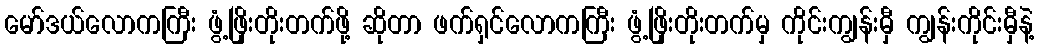
မော်ဒယ်လောကကြီး ဖွံ့ဖြိုးတိုးတက်ဖို့ ဆိုတာ ဖက်ရှင်လောကကြီး ဖွံ့ဖြိုးတိုးတက်မှ ကိုင်းကျွန်းမှီ ကျွန်းကိုင်းမှီနဲ့